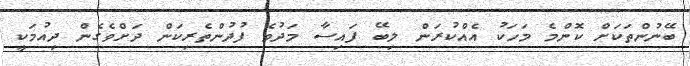
ބޭނުންތަކަށް ކޮންމެ މަހަކު އެއްކުރަން ލިބޭ ފައިސާ މަދުވެ ފުދުންތެރިކަން ދަށްވެގެން ދިއުމަކީ